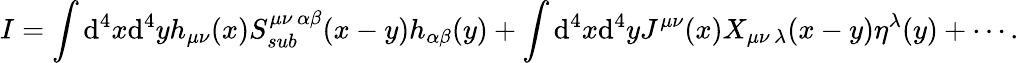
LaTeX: I=\int\mathrm{d}^{4}x\mathrm{d}^{4}yh_{\mu\nu}(x)S_{sub}^{\mu\nu\, \alpha\beta}(x-y)h_{\alpha\beta}(y)+\int\mathrm{d}^{4}x\mathrm{d}^{4}yJ^{\mu\nu}(x)X_{\mu\nu\, \lambda}(x-y)\eta^{\lambda}(y)+\cdots.